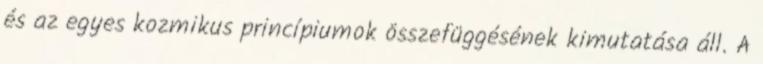
és az egyes kozmikus princípiumok összefüggésének kimutatása áll. A